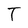
Character: T